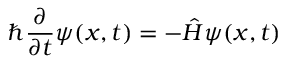
\hbar { \frac { \partial } { \partial t } } \psi ( x , t ) = - { \hat { H } } \psi ( x , t )